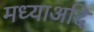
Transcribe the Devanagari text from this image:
मध्याअदि